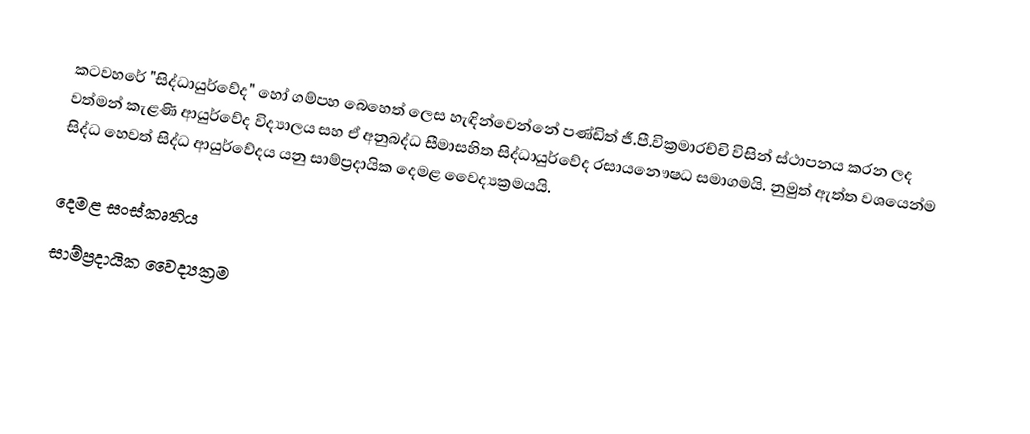
කටවහරේ "සිද්ධායුර්වේද" හෝ ගම්පහ බෙහෙත් ලෙස හැඳින්වෙන්නේ පණ්ඩිත් ජී.පී.වික්‍රමාරච්චි විසින් ස්ථාපනය කරන ලද වත්මන් කැළණි ආයුර්වේද විද්‍යාලය සහ ඒ අනුබද්ධ සීමාසහිත සිද්ධායුර්වේද රසායනෞෂධ සමාගමයි. නුමුත් ඇත්ත වශයෙන්ම සිද්ධ හෙවත් සිද්ධ ආයුර්වේදය යනු සාම්ප්‍රදායික දෙමළ වෛද්‍යක්‍රමයයි.

දෙමළ සංස්කෘතිය
සාම්ප්‍රදායික වෛද්‍යක්‍රම